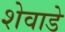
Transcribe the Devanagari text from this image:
शेवाडे